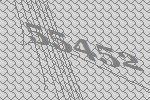
55452